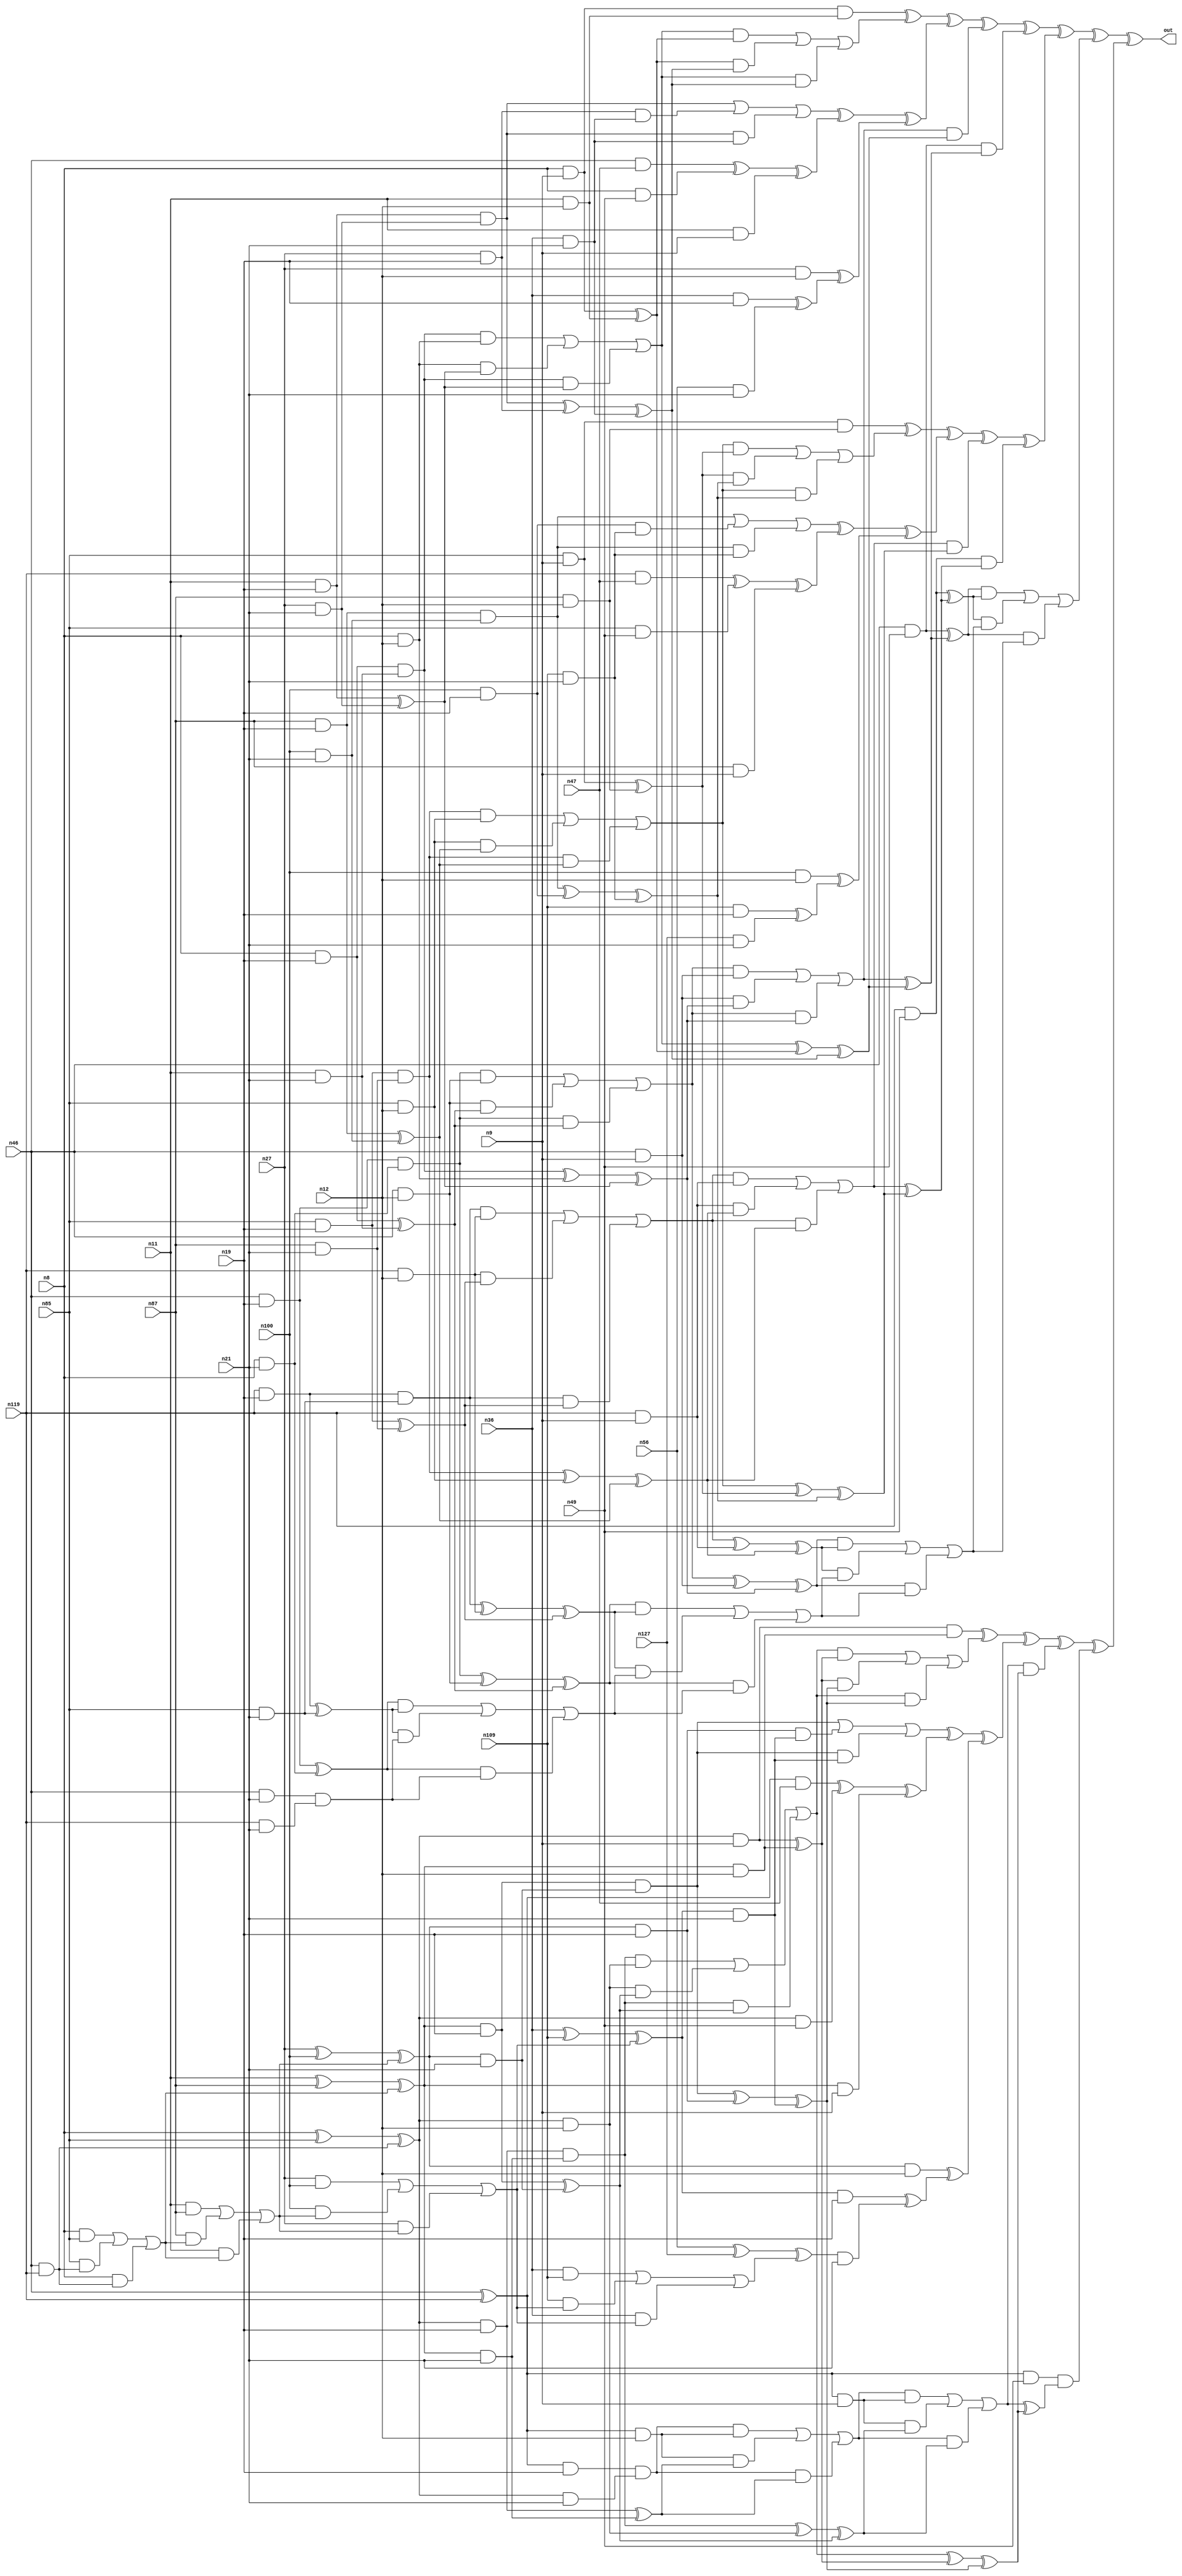
module top (out,n8,n9,n11,n12,n19,n21,n27,n36,n46
        ,n47,n49,n56,n85,n87,n100,n109,n119,n127);
output out;
input n8;
input n9;
input n11;
input n12;
input n19;
input n21;
input n27;
input n36;
input n46;
input n47;
input n49;
input n56;
input n85;
input n87;
input n100;
input n109;
input n119;
input n127;
wire n0;
wire n1;
wire n2;
wire n3;
wire n4;
wire n5;
wire n6;
wire n7;
wire n10;
wire n13;
wire n14;
wire n15;
wire n16;
wire n17;
wire n18;
wire n20;
wire n22;
wire n23;
wire n24;
wire n25;
wire n26;
wire n28;
wire n29;
wire n30;
wire n31;
wire n32;
wire n33;
wire n34;
wire n35;
wire n37;
wire n38;
wire n39;
wire n40;
wire n41;
wire n42;
wire n43;
wire n44;
wire n45;
wire n48;
wire n50;
wire n51;
wire n52;
wire n53;
wire n54;
wire n55;
wire n57;
wire n58;
wire n59;
wire n60;
wire n61;
wire n62;
wire n63;
wire n64;
wire n65;
wire n66;
wire n67;
wire n68;
wire n69;
wire n70;
wire n71;
wire n72;
wire n73;
wire n74;
wire n75;
wire n76;
wire n77;
wire n78;
wire n79;
wire n80;
wire n81;
wire n82;
wire n83;
wire n84;
wire n86;
wire n88;
wire n89;
wire n90;
wire n91;
wire n92;
wire n93;
wire n94;
wire n95;
wire n96;
wire n97;
wire n98;
wire n99;
wire n101;
wire n102;
wire n103;
wire n104;
wire n105;
wire n106;
wire n107;
wire n108;
wire n110;
wire n111;
wire n112;
wire n113;
wire n114;
wire n115;
wire n116;
wire n117;
wire n118;
wire n120;
wire n121;
wire n122;
wire n123;
wire n124;
wire n125;
wire n126;
wire n128;
wire n129;
wire n130;
wire n131;
wire n132;
wire n133;
wire n134;
wire n135;
wire n136;
wire n137;
wire n138;
wire n139;
wire n140;
wire n141;
wire n142;
wire n143;
wire n144;
wire n145;
wire n146;
wire n147;
wire n148;
wire n149;
wire n150;
wire n151;
wire n152;
wire n153;
wire n154;
wire n155;
wire n156;
wire n157;
wire n158;
wire n159;
wire n160;
wire n161;
wire n162;
wire n163;
wire n164;
wire n165;
wire n166;
wire n167;
wire n168;
wire n169;
wire n170;
wire n171;
wire n172;
wire n173;
wire n174;
wire n175;
wire n176;
wire n177;
wire n178;
wire n179;
wire n180;
wire n181;
wire n182;
wire n183;
wire n184;
wire n185;
wire n186;
wire n187;
wire n188;
wire n189;
wire n190;
wire n191;
wire n192;
wire n193;
wire n194;
wire n195;
wire n196;
wire n197;
wire n198;
wire n199;
wire n200;
wire n201;
wire n202;
wire n203;
wire n204;
wire n205;
wire n206;
wire n207;
wire n208;
wire n209;
wire n210;
wire n211;
wire n212;
wire n213;
wire n214;
wire n215;
wire n216;
wire n217;
wire n218;
wire n219;
wire n220;
wire n221;
wire n222;
wire n223;
wire n224;
wire n225;
wire n226;
wire n227;
wire n228;
wire n229;
wire n230;
wire n231;
wire n232;
wire n233;
wire n234;
wire n235;
wire n236;
wire n237;
wire n238;
wire n239;
wire n240;
wire n241;
wire n242;
wire n243;
wire n244;
wire n245;
wire n246;
wire n247;
wire n248;
wire n249;
wire n250;
wire n251;
wire n252;
wire n253;
wire n254;
wire n255;
wire n256;
wire n257;
wire n258;
wire n259;
wire n260;
wire n261;
wire n262;
wire n263;
wire n264;
wire n265;
wire n266;
wire n267;
wire n268;
wire n269;
wire n270;
wire n271;
wire n272;
wire n273;
xor (out,n0,n181);
xor (n0,n1,n150);
xor (n1,n2,n79);
xor (n2,n3,n76);
xor (n3,n4,n57);
xor (n4,n5,n38);
xor (n5,n6,n13);
and (n6,n7,n10);
and (n7,n8,n9);
and (n10,n11,n12);
or (n13,n14,n30,n37);
and (n14,n15,n29);
or (n15,n16,n23,n28);
and (n16,n17,n22);
and (n17,n18,n20);
and (n18,n8,n19);
and (n20,n11,n21);
and (n22,n8,n12);
and (n23,n22,n24);
xor (n24,n25,n26);
and (n25,n11,n19);
and (n26,n27,n21);
and (n28,n17,n24);
xor (n29,n7,n10);
and (n30,n29,n31);
xor (n31,n32,n35);
xor (n32,n33,n34);
and (n33,n25,n26);
and (n34,n27,n19);
and (n35,n36,n21);
and (n37,n15,n31);
xor (n38,n39,n51);
xor (n39,n40,n43);
or (n40,n33,n41,n42);
and (n41,n34,n35);
and (n42,n33,n35);
xor (n43,n44,n50);
xor (n44,n45,n48);
and (n45,n46,n47);
and (n48,n8,n49);
and (n50,n11,n9);
xor (n51,n52,n53);
and (n52,n27,n12);
xor (n53,n54,n55);
and (n54,n36,n19);
and (n55,n56,n21);
and (n57,n58,n74);
or (n58,n59,n70,n73);
and (n59,n60,n69);
or (n60,n61,n66,n68);
and (n61,n62,n65);
and (n62,n63,n64);
and (n63,n46,n19);
and (n64,n8,n21);
and (n65,n46,n12);
and (n66,n65,n67);
xor (n67,n18,n20);
and (n68,n62,n67);
and (n69,n46,n9);
and (n70,n69,n71);
xor (n71,n72,n24);
xor (n72,n17,n22);
and (n73,n60,n71);
xor (n74,n75,n31);
xor (n75,n15,n29);
and (n76,n77,n78);
and (n77,n46,n49);
xor (n78,n58,n74);
xor (n79,n80,n147);
xor (n80,n81,n128);
xor (n81,n82,n111);
xor (n82,n83,n88);
and (n83,n84,n86);
and (n84,n85,n9);
and (n86,n87,n12);
or (n88,n89,n103,n110);
and (n89,n90,n102);
or (n90,n91,n96,n101);
and (n91,n92,n95);
and (n92,n93,n94);
and (n93,n85,n19);
and (n94,n87,n21);
and (n95,n85,n12);
and (n96,n95,n97);
xor (n97,n98,n99);
and (n98,n87,n19);
and (n99,n100,n21);
and (n101,n92,n97);
xor (n102,n84,n86);
and (n103,n102,n104);
xor (n104,n105,n108);
xor (n105,n106,n107);
and (n106,n98,n99);
and (n107,n100,n19);
and (n108,n109,n21);
and (n110,n90,n104);
xor (n111,n112,n122);
xor (n112,n113,n116);
or (n113,n106,n114,n115);
and (n114,n107,n108);
and (n115,n106,n108);
xor (n116,n117,n121);
xor (n117,n118,n120);
and (n118,n119,n47);
and (n120,n85,n49);
and (n121,n87,n9);
xor (n122,n123,n124);
and (n123,n100,n12);
xor (n124,n125,n126);
and (n125,n109,n19);
and (n126,n127,n21);
and (n128,n129,n145);
or (n129,n130,n141,n144);
and (n130,n131,n140);
or (n131,n132,n137,n139);
and (n132,n133,n136);
and (n133,n134,n135);
and (n134,n119,n19);
and (n135,n85,n21);
and (n136,n119,n12);
and (n137,n136,n138);
xor (n138,n93,n94);
and (n139,n133,n138);
and (n140,n119,n9);
and (n141,n140,n142);
xor (n142,n143,n97);
xor (n143,n92,n95);
and (n144,n131,n142);
xor (n145,n146,n104);
xor (n146,n90,n102);
and (n147,n148,n149);
and (n148,n119,n49);
xor (n149,n129,n145);
or (n150,n151,n154,n180);
and (n151,n152,n153);
xor (n152,n77,n78);
xor (n153,n148,n149);
and (n154,n153,n155);
or (n155,n156,n161,n179);
and (n156,n157,n159);
xor (n157,n158,n71);
xor (n158,n60,n69);
xor (n159,n160,n142);
xor (n160,n131,n140);
and (n161,n159,n162);
or (n162,n163,n168,n178);
and (n163,n164,n166);
xor (n164,n165,n67);
xor (n165,n62,n65);
xor (n166,n167,n138);
xor (n167,n133,n136);
and (n168,n166,n169);
or (n169,n170,n173,n177);
and (n170,n171,n172);
xor (n171,n63,n64);
xor (n172,n134,n135);
and (n173,n172,n174);
and (n174,n175,n176);
and (n175,n46,n21);
and (n176,n119,n21);
and (n177,n171,n174);
and (n178,n164,n169);
and (n179,n157,n162);
and (n180,n152,n155);
xor (n181,n182,n271);
xor (n182,n183,n252);
xor (n183,n184,n230);
xor (n184,n185,n197);
and (n185,n186,n190);
and (n186,n187,n9);
xor (n187,n188,n189);
xor (n188,n8,n85);
and (n189,n46,n119);
and (n190,n191,n12);
xor (n191,n192,n193);
xor (n192,n11,n87);
or (n193,n194,n195,n196);
and (n194,n8,n85);
and (n195,n85,n189);
and (n196,n8,n189);
or (n197,n198,n217,n229);
and (n198,n199,n216);
or (n199,n200,n205,n215);
and (n200,n201,n204);
and (n201,n202,n203);
and (n202,n187,n19);
and (n203,n191,n21);
and (n204,n187,n12);
and (n205,n204,n206);
xor (n206,n207,n208);
and (n207,n191,n19);
and (n208,n209,n21);
xor (n209,n210,n211);
xor (n210,n27,n100);
or (n211,n212,n213,n214);
and (n212,n11,n87);
and (n213,n87,n193);
and (n214,n11,n193);
and (n215,n201,n206);
xor (n216,n186,n190);
and (n217,n216,n218);
xor (n218,n219,n222);
xor (n219,n220,n221);
and (n220,n207,n208);
and (n221,n209,n19);
and (n222,n223,n21);
xor (n223,n224,n225);
xor (n224,n36,n109);
or (n225,n226,n227,n228);
and (n226,n27,n100);
and (n227,n100,n211);
and (n228,n27,n211);
and (n229,n199,n218);
xor (n230,n231,n241);
xor (n231,n232,n235);
or (n232,n220,n233,n234);
and (n233,n221,n222);
and (n234,n220,n222);
xor (n235,n236,n240);
xor (n236,n237,n239);
and (n237,n238,n47);
xor (n238,n46,n119);
and (n239,n187,n49);
and (n240,n191,n9);
xor (n241,n242,n243);
and (n242,n209,n12);
xor (n243,n244,n245);
and (n244,n223,n19);
and (n245,n246,n21);
xor (n246,n247,n248);
xor (n247,n56,n127);
or (n248,n249,n250,n251);
and (n249,n36,n109);
and (n250,n109,n225);
and (n251,n36,n225);
and (n252,n253,n269);
or (n253,n254,n265,n268);
and (n254,n255,n264);
or (n255,n256,n261,n263);
and (n256,n257,n260);
and (n257,n258,n259);
and (n258,n238,n19);
and (n259,n187,n21);
and (n260,n238,n12);
and (n261,n260,n262);
xor (n262,n202,n203);
and (n263,n257,n262);
and (n264,n238,n9);
and (n265,n264,n266);
xor (n266,n267,n206);
xor (n267,n201,n204);
and (n268,n255,n266);
xor (n269,n270,n218);
xor (n270,n199,n216);
and (n271,n272,n273);
and (n272,n238,n49);
xor (n273,n253,n269);
endmodule